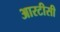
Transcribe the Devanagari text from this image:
आरटीसी